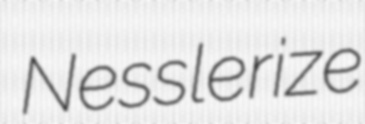
Nesslerize